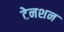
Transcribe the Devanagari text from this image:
टेनशन